Punjab Mental Hospital Lahore 1932-46 - 1932-1946
Year: 1932
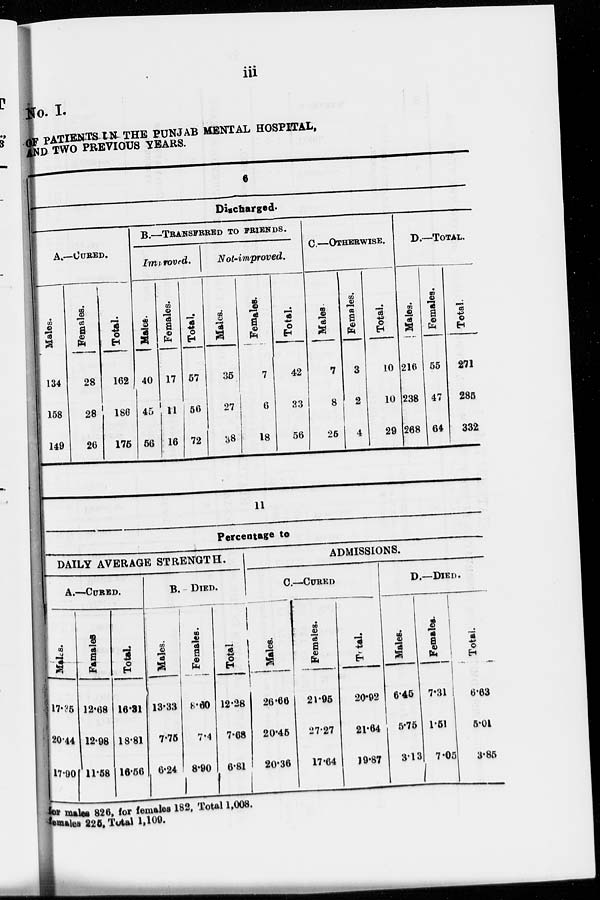
iii
No. I.
OF PATIENTS IN THE PUNJAB MENTAL HOSPITAL,
AND TWO PREVIOUS YEARS.
6
Discharged.
A.—CURED.
Males.
134
158
149
Females.
28
28
26
Total.
162
186
175
B.—TRANSFERED TO FRIENDS.
Improved.
Males.
40
45
56
Females.
17
11
16
Total.
57
56
72
Not-improved.
Males.
35
27
38
Females.
7
6
18
Total.
42
33
56
C.—OTHERWISE.
Males.
7
8
25
Females.
3
2
4
Total.
10
10
29
D.—TOTAL.
Males.
216
238
268
Females.
55
47
64
Total.
271
285
332
11
Percentage to
DAILY AVERAGE STRENGTH.
A.—CURED.
Males.
17.35
20.44
17.90
Famales
12.68
12.98
11.58
Total
16.31
18.81
16.56
B.– DIED.
Males.
13.33
7.75
6.24
Females.
8.60
7.4
8.90
Total.
12.28
7.68
6.81
ADMISSIONS.
C.—CURED.
Males.
26.66
20.45
20.36
Females.
21.95
27.27
17.64
D.—DIED.
Total.
20.92
21.64
19.87
Males.
6.45
5.75
3.13
Females.
7.31
1.51
7.05
Total.
6.63
5.01
3.85
ies males 826, for females 182, Total 1,008.
females 225, Total 1,109.